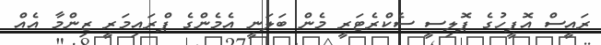
ރައީސް އޮފީހުގެ ޕޮލިސީ ސެކްރެޓަރީ މެން ބަލަނީ އެމެންގެ ޕްރައިމަރީ ޒިންމާ އެއް